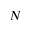
N